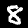
Digit: 8